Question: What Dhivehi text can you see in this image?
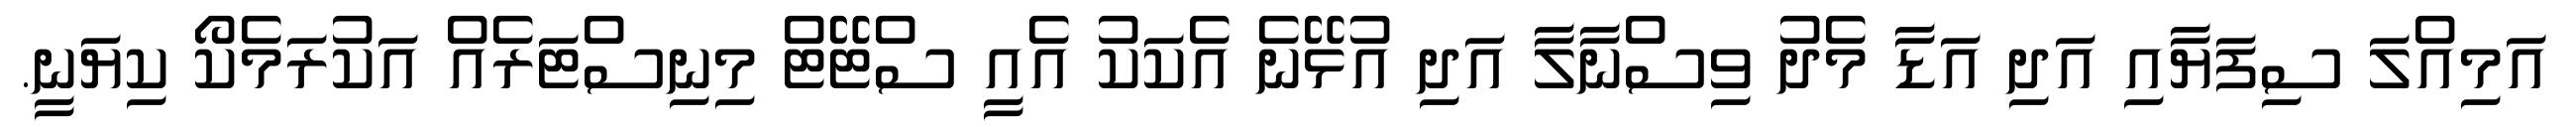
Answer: އަމިއްލަ ސިފަޔާއި އަދި އަޑާ މެދު ވިސްނާލާ އަދި އުޅޭނެ އެކަކު އެއީ ސްޓޭޓް މިނިސްޓަރެއް އަކުރަމެކޯ ކިޔަނީ.